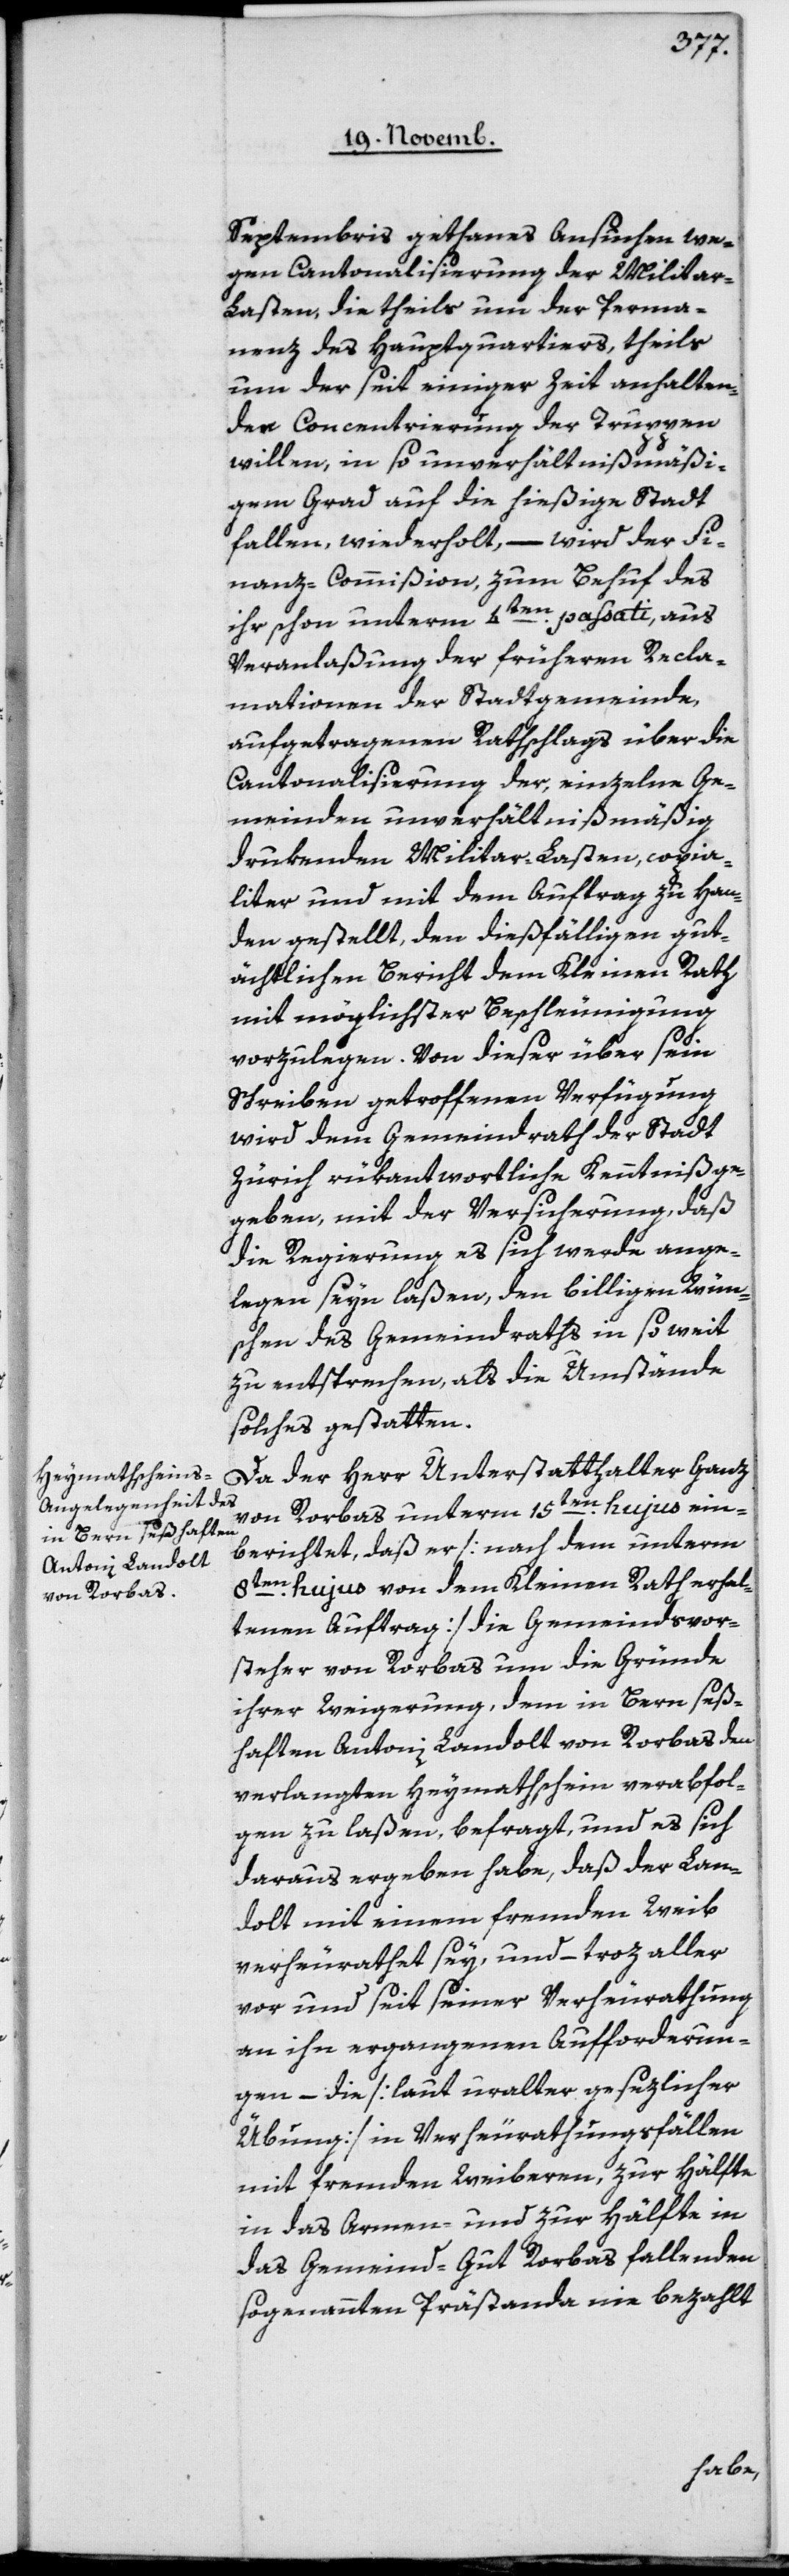
Septembris gethanes Ansuchen we¬
gen Cantonalisierung der Militar-L¬
asten, die theils um der Perma¬
nenz des Hauptquartiers, theils
um der seit einiger Zeit anhalten¬
der Concentrierung der Truppen
willen, in so unverhältnißmäßi¬
gem Grad auf die hießige Stadt
fallen, wiederholt,– wird der Fi¬
nanz-Commißion zum Behuf des
ihr schon unterm 4ten passati, aus
Veranlaßung der früheren Recla¬
mationen der Stadtgemeinde,
aufgetragenen Rathschlags über die
Cantonalisierung der, einzelne Ge¬
meinden unverhältnißmäßig
drukenden Militar-Lasten, copia¬
liter und mit dem Auftrag zu Han¬
den gestellt, den dießfälligen gut¬
ächtlichen Bericht dem Kleinen Rath
mit möglichster Beschleunigung
vorzulegen. Von dieser über sein
Schreiben getroffenen Verfügung
wird dem Gemeindrath der Stadt
Zürich rükantwortliche Kenntniß ge¬
geben, mit der Versicherung, daß
die Regierung es sich werde ange¬
legen sein laßen, den billigen Wün¬
schen des Gemeindraths in so weit
zu entsprechen, als die Umstände
solches gestatten.
Da der Herr Unterstatthalter Ganz
von Rorbas unterm 15ten hujus ein¬
berichtet, daß er [nach dem unterm
8ten hujus von dem Kleinen Rath erhal¬
tenen Auftrag] die Gemeindsvor¬
steher von Rorbas um die Gründe
ihrer Weigerung, dem in Bern seß¬
haften Antoni Landolt von Rorbas den
verlangten Heymathschein verabfol¬
gen zu laßen, befragt, und es sich
daraus ergeben habe, daß der Lan¬
dolt mit einem fremden Weib
verheurathet sey, und trotz aller
vor und seit seiner Verheurathung
an ihn ergangenen Aufforderun¬
gen, die [laut uralter gesezlicher
Übung] in Verheurathungsfällen
mit fremden Weibern, zur Hälfte
in das Armen- und zur Hälfte in
das Gemeinds-Gut Rorbas fallenden
sogenannten Prästanda nie bezahlt